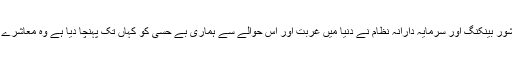
جیسے مادر پدر آزاد فری مارکیٹ اکانومی، آف شور بینکنگ اور سرمایہ دارانہ نظام نے دنیا میں غربت اور اس حوالے سے ہماری بے حسی کو کہاں تک پہنچا دیا ہے وہ معاشرے اور حکومتوں کی مجموعی سوچ کا آئینہ دار ہے۔